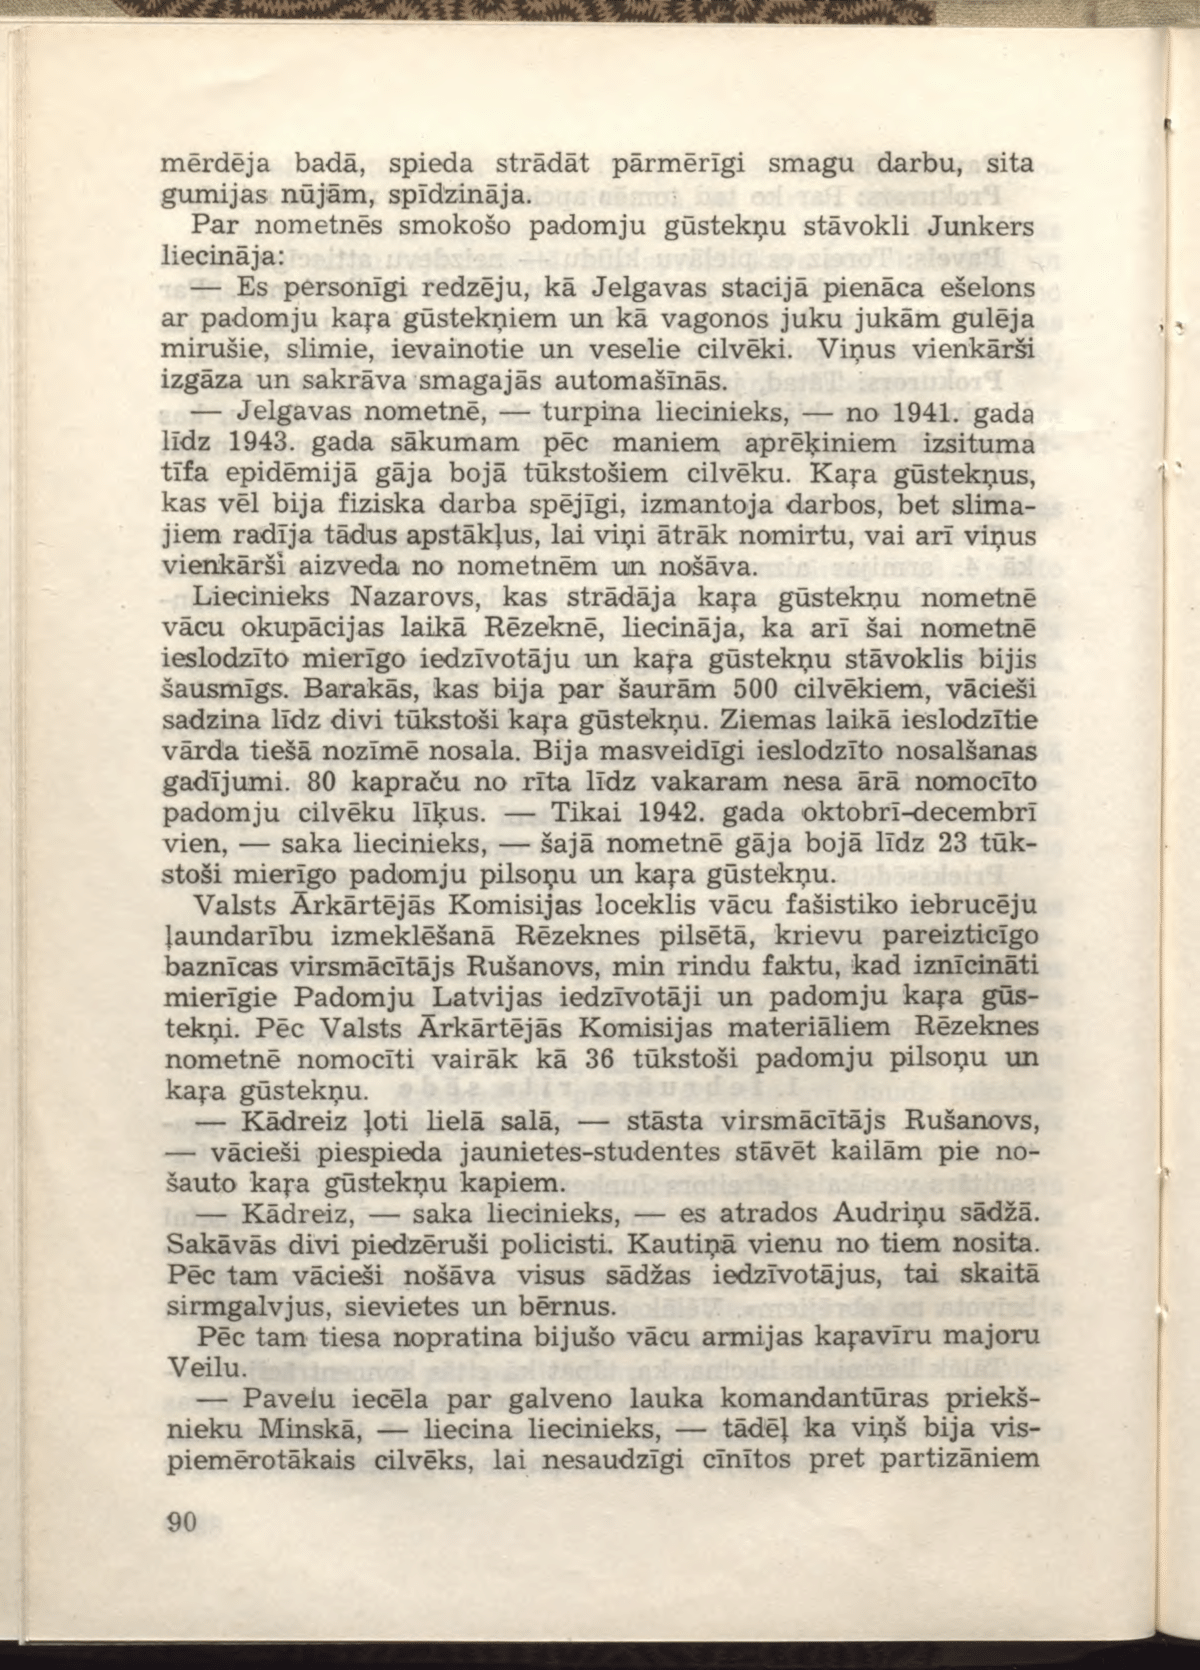
Language: lv